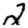
Digit: 2